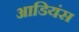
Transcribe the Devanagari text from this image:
आडियंस